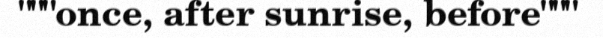
"""once, after sunrise, before"""